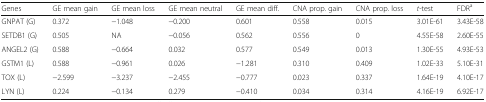
<table><thead><tr><td><b>Genes</b></td><td><b>GE mean gain</b></td><td><b>GE mean loss</b></td><td><b>GE mean neutral</b></td><td><b>GE mean diff.</b></td><td><b>CNA prop. gain</b></td><td><b>CNA prop. loss</b></td><td><b><i>t</i>-test</b></td><td><b>FDR<sup>a</sup></b></td></tr></thead><tbody><tr><td>GNPAT (G)</td><td>0.372</td><td>−1.048</td><td>−0.200</td><td>0.601</td><td>0.558</td><td>0.015</td><td>3.01E-61</td><td>3.43E-58</td></tr><tr><td>SETDB1 (G)</td><td>0.505</td><td>NA</td><td>−0.056</td><td>0.562</td><td>0.556</td><td>0</td><td>4.55E-58</td><td>2.60E-55</td></tr><tr><td>ANGEL2 (G)</td><td>0.588</td><td>−0.664</td><td>0.032</td><td>0.577</td><td>0.549</td><td>0.013</td><td>1.30E-55</td><td>4.93E-53</td></tr><tr><td>GSTM1 (L)</td><td>0.588</td><td>−0.961</td><td>0.026</td><td>−1.281</td><td>0.310</td><td>0.409</td><td>1.02E-33</td><td>5.10E-31</td></tr><tr><td>TOX (L)</td><td>−2.599</td><td>−3.237</td><td>−2.455</td><td>−0.777</td><td>0.023</td><td>0.337</td><td>1.64E-19</td><td>4.10E-17</td></tr><tr><td>LYN (L)</td><td>0.224</td><td>−0.134</td><td>0.279</td><td>−0.410</td><td>0.034</td><td>0.314</td><td>4.16E-19</td><td>6.92E-17</td></tr></tbody></table>